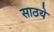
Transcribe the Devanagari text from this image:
साठये